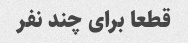
قطعا برای چند نفر